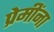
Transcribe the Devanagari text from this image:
प्रेमींना